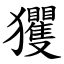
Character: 玃